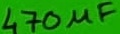
Text: 470µF